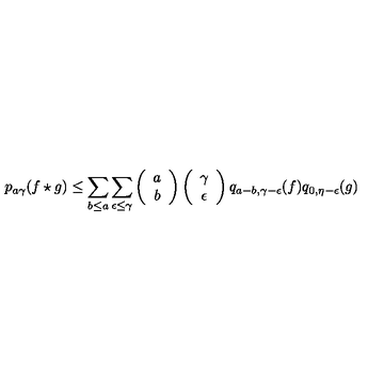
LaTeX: p _ { a \gamma } ( f \star g ) \leq \sum _ { b \leq a } \sum _ { \epsilon \leq \gamma } \left( \begin{array} { c } { a } \\ { b } \\ \end{array} \right) \left( \begin{array} { c } { \gamma } \\ { \epsilon } \\ \end{array} \right) q _ { a - b , \gamma - \epsilon } ( f ) q _ { 0 , \eta - \epsilon } ( g )